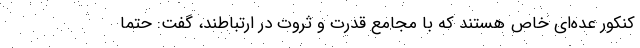
کنکور عده‌ای خاص هستند که با مجامع قدرت و ثروت در ارتباطند، گفت: حتماً